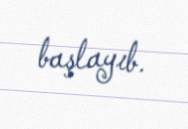
başlayıb.